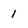
Character: 1